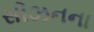
સીઝનના